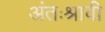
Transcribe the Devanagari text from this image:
अंतःश्रावी